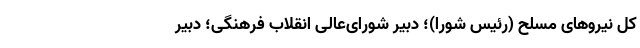
کل نیروهای مسلح (رئیس شورا)؛ دبیر شورای‌عالی انقلاب فرهنگی؛ دبیر